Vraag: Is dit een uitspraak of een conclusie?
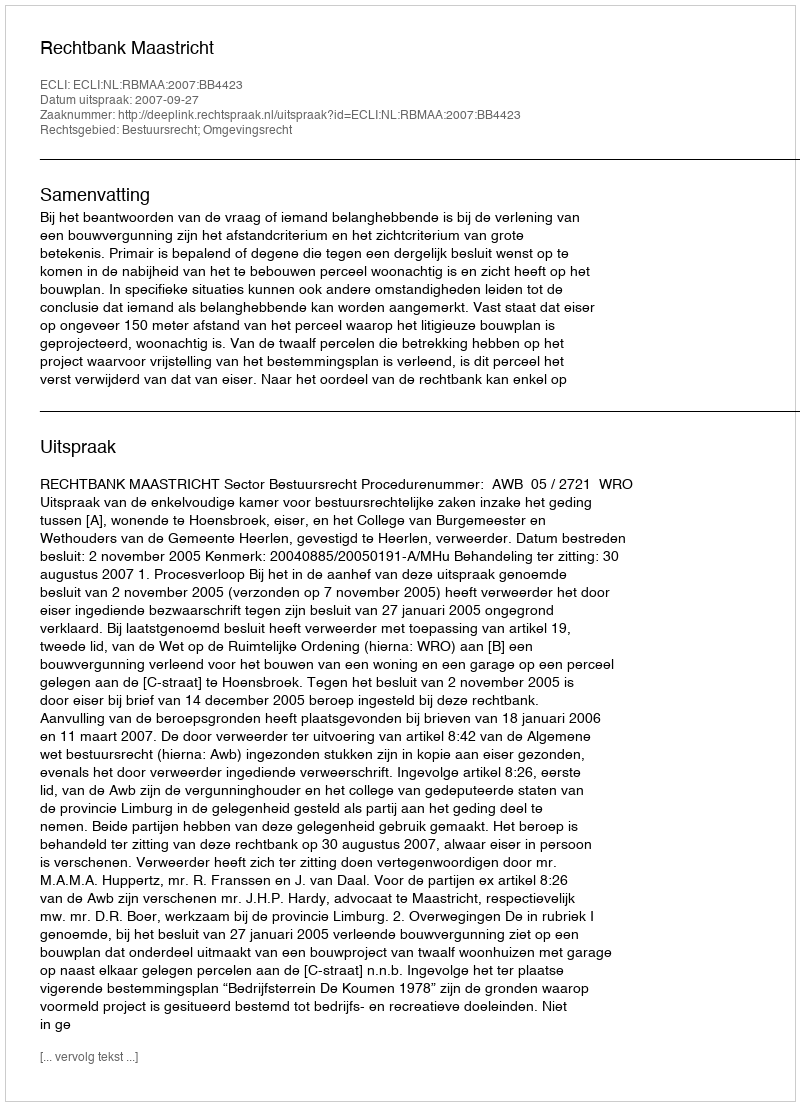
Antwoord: Uitspraak